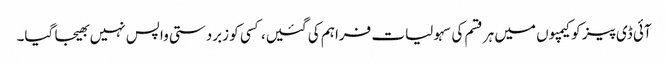
آئی ڈی پیز کو کیمپوں میں ہر قسم کی سہولیات فراہم کی گئیں، کسی کو زبردستی واپس نہیں بھیجا گیا۔